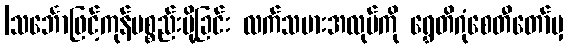
|သင်္ဘောဖြင့်ကုန်ပစ္စည်းပို့ခြင်း လက်သမားအလုပ်ကို ရွှေတိဂုံစေတီတော်မှ